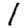
Digit: 1